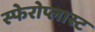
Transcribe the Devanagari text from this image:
स्फेरोप्लास्ट